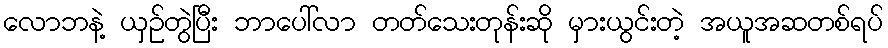
လောဘနဲ့ ယှဉ်တွဲပြီး ဘာပေါ်လာ တတ်သေးတုန်းဆို မှားယွင်းတဲ့ အယူအဆတစ်ရပ်